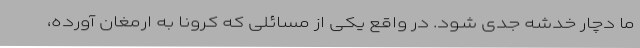
ما دچار خدشه جدی شود. در واقع یکی از مسائلی که کرونا به ارمغان آورده،